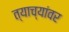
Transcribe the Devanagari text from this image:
त्याच्यांवर